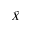
\tilde { X }